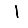
Digit: 1